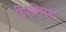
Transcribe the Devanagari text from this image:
विप्रलिप्सा